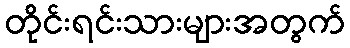
တိုင်းရင်းသားများအတွက်